65_HS1-834228961_62-HQ-83894_SUB_A
Agency: FBI
Page 15
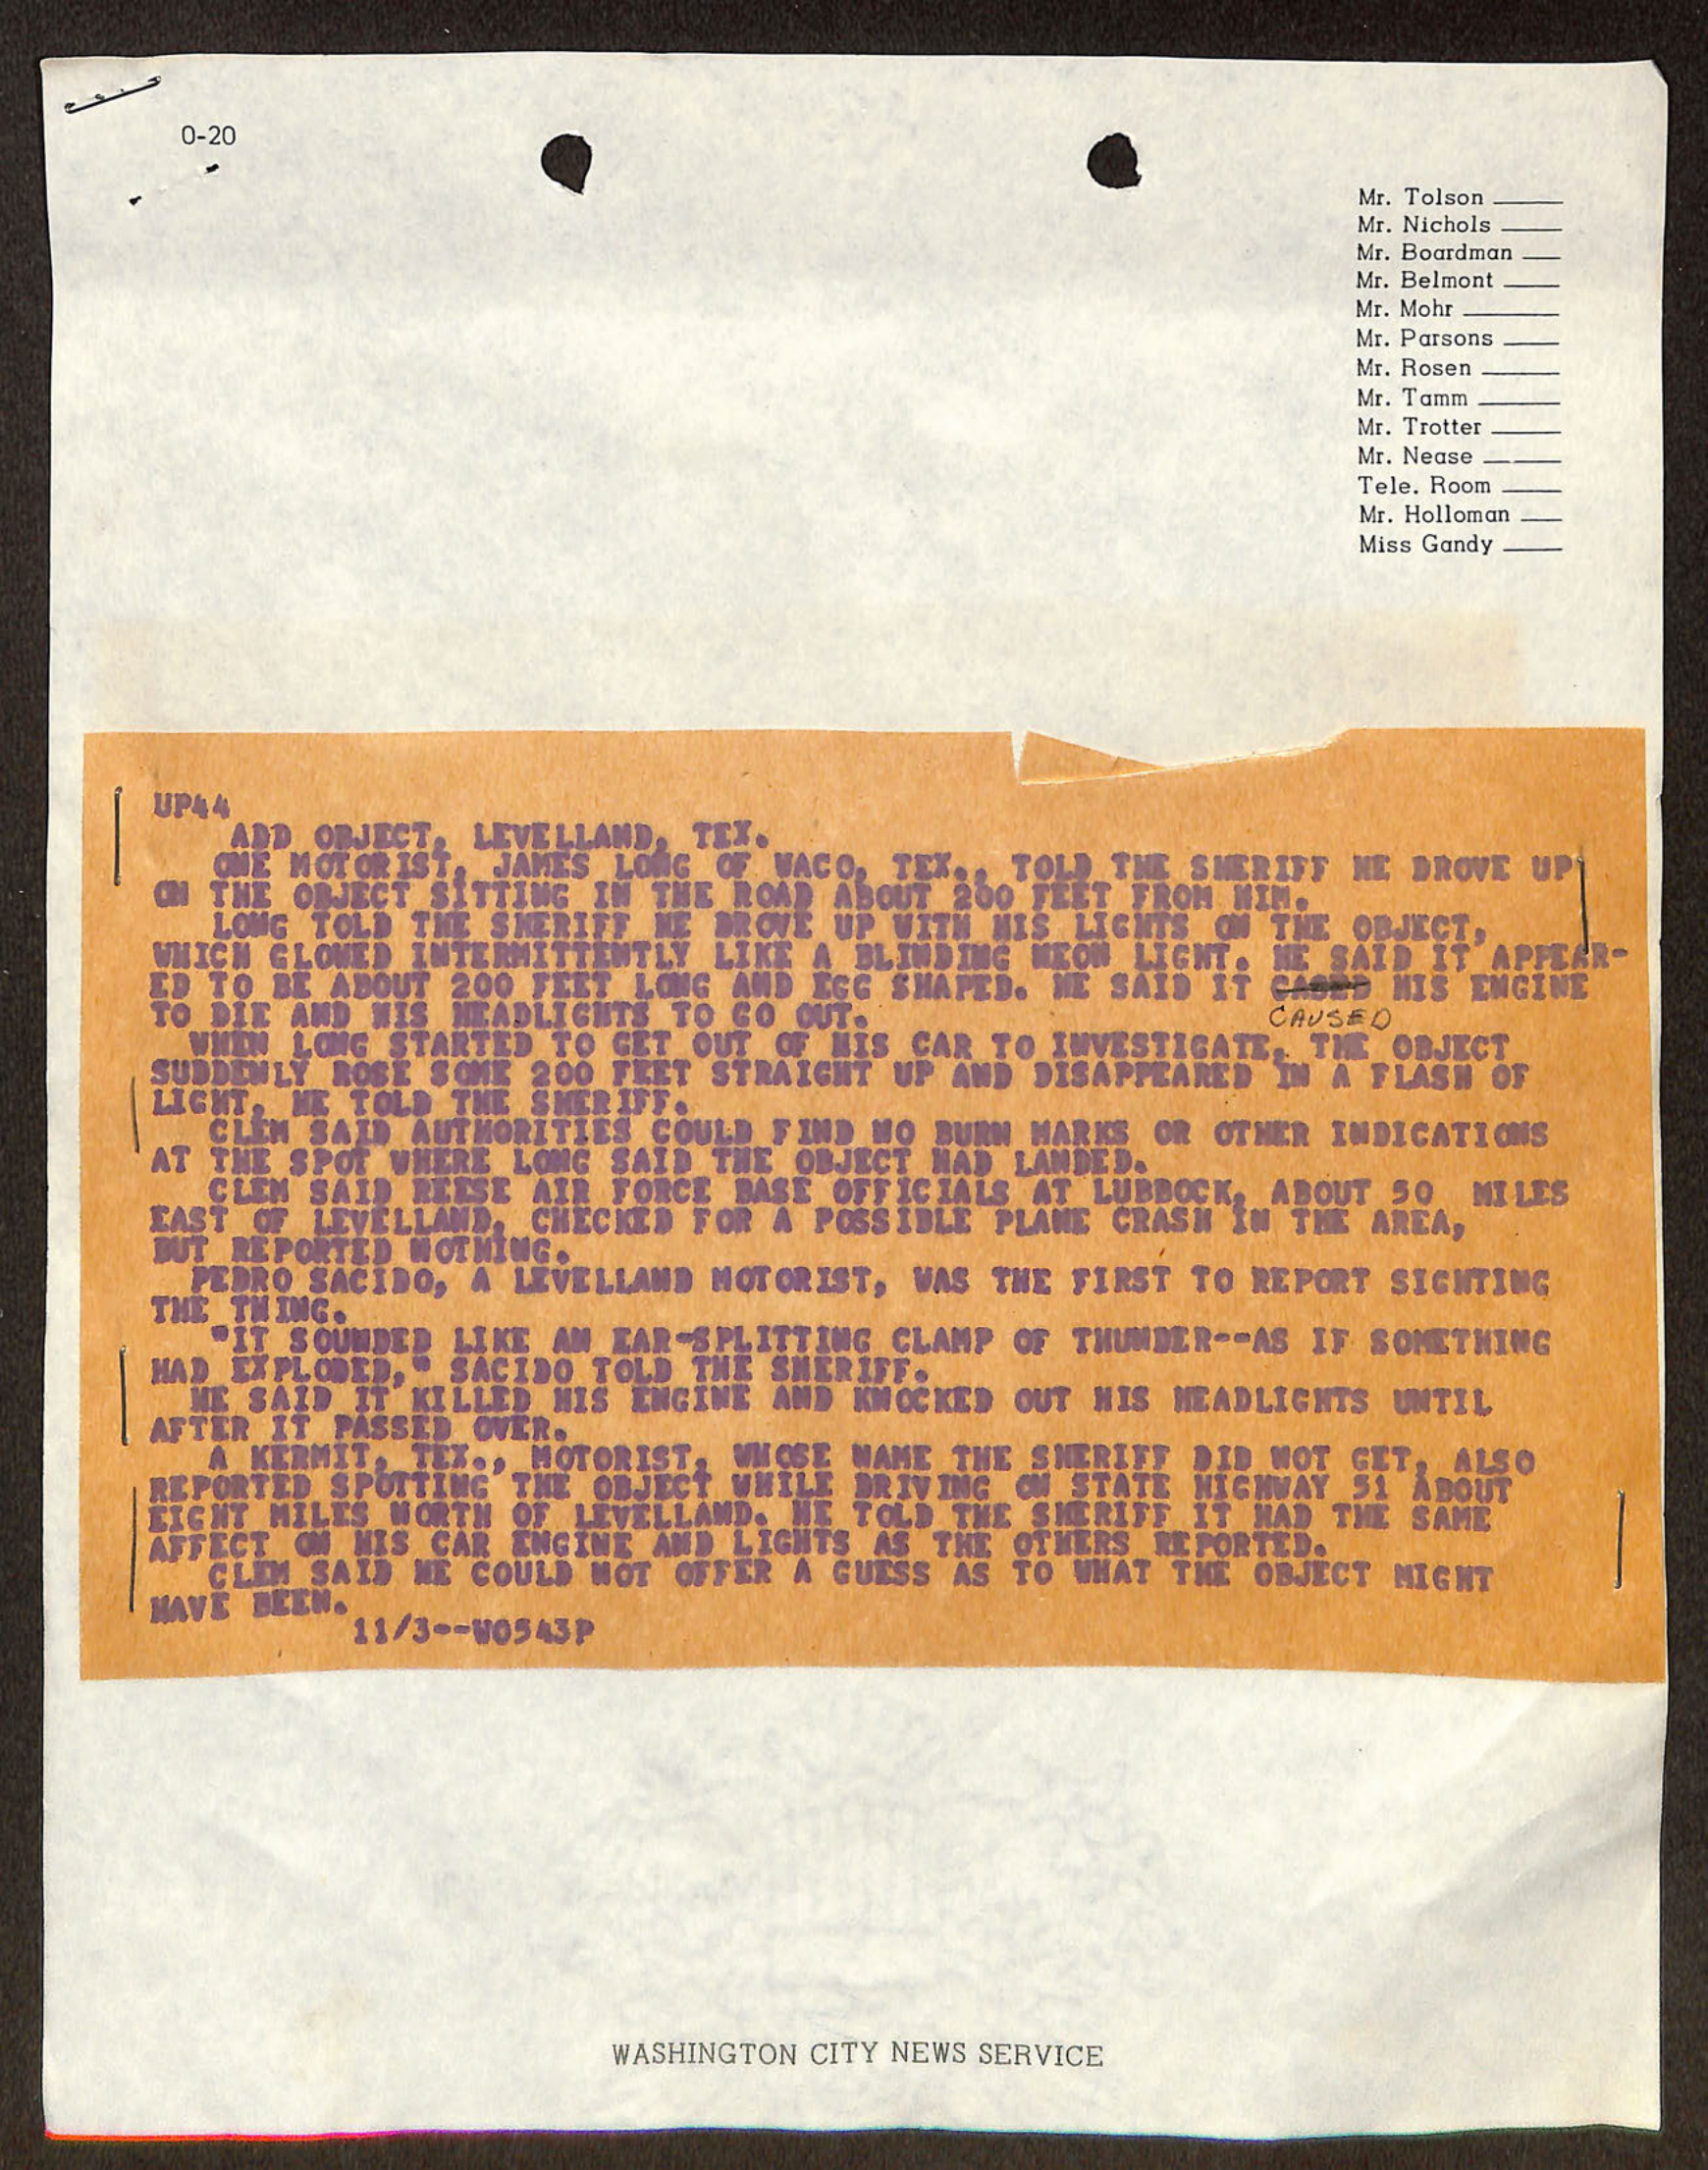